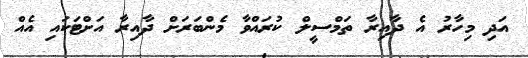
އަދި މިހާރު އެ ދާއިރާ ތަމްސީލް ކުރައްވާ މެންބަރަށް ދާއިރާ އަށްޓަކައި އެއް